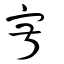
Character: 寂